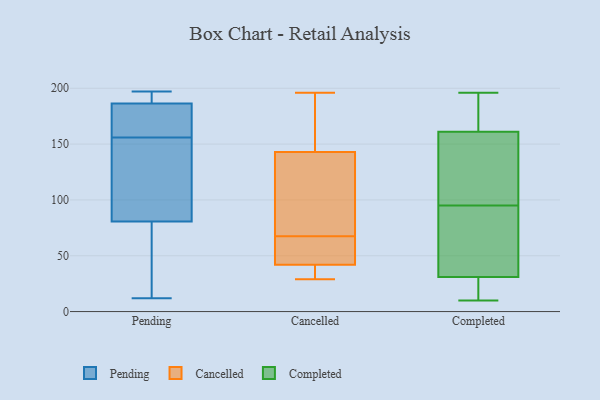
{"axis": {"x": "Conversion Rate (%)", "y": "Value"}, "legend": ["Cancelled", "Completed", "Pending"], "data": [{"x": "", "y": 188, "type": "Pending"}, {"x": "", "y": 189, "type": "Pending"}, {"x": "", "y": 181, "type": "Pending"}, {"x": "", "y": 176, "type": "Pending"}, {"x": "", "y": 113, "type": "Pending"}, {"x": "", "y": 191, "type": "Pending"}, {"x": "", "y": 34, "type": "Pending"}, {"x": "", "y": 156, "type": "Pending"}, {"x": "", "y": 109, "type": "Pending"}, {"x": "", "y": 173, "type": "Pending"}, {"x": "", "y": 47, "type": "Pending"}, {"x": "", "y": 197, "type": "Pending"}, {"x": "", "y": 95, "type": "Pending"}, {"x": "", "y": 12, "type": "Pending"}, {"x": "", "y": 76, "type": "Pending"}, {"x": "", "y": 73, "type": "Cancelled"}, {"x": "", "y": 62, "type": "Cancelled"}, {"x": "", "y": 180, "type": "Cancelled"}, {"x": "", "y": 39, "type": "Cancelled"}, {"x": "", "y": 139, "type": "Cancelled"}, {"x": "", "y": 39, "type": "Cancelled"}, {"x": "", "y": 44, "type": "Cancelled"}, {"x": "", "y": 143, "type": "Cancelled"}, {"x": "", "y": 108, "type": "Cancelled"}, {"x": "", "y": 196, "type": "Cancelled"}, {"x": "", "y": 42, "type": "Cancelled"}, {"x": "", "y": 156, "type": "Cancelled"}, {"x": "", "y": 29, "type": "Cancelled"}, {"x": "", "y": 48, "type": "Cancelled"}, {"x": "", "y": 170, "type": "Completed"}, {"x": "", "y": 94, "type": "Completed"}, {"x": "", "y": 196, "type": "Completed"}, {"x": "", "y": 51, "type": "Completed"}, {"x": "", "y": 96, "type": "Completed"}, {"x": "", "y": 144, "type": "Completed"}, {"x": "", "y": 22, "type": "Completed"}, {"x": "", "y": 31, "type": "Completed"}, {"x": "", "y": 161, "type": "Completed"}, {"x": "", "y": 126, "type": "Completed"}, {"x": "", "y": 21, "type": "Completed"}, {"x": "", "y": 10, "type": "Completed"}, {"x": "", "y": 163, "type": "Completed"}, {"x": "", "y": 67, "type": "Completed"}]}